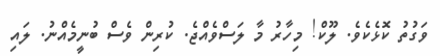
ވަގުތު ކޮޅެކެވެ. ލޫކް! މިހާރު މާ ލަސްވެއްޖެ. ކުރިން ވެސް ބުނީމެއްނު. ލައި